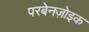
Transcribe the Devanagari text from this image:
परबेनज़ोइक